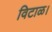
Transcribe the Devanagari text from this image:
विटाळ।